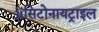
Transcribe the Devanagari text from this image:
ॲसिटोनायट्राइल